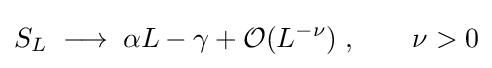
S_{L}\;\longrightarrow \;\alpha L-\gamma +{\mathcal {O}}(L^{-\nu })\;,\qquad \nu >0\,\!